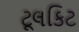
ટૂલકિટ